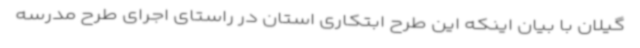
گیلان با بیان اینکه این طرح ابتکاری استان در راستای اجرای طرح مدرسه